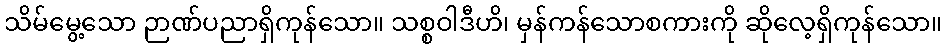
သိမ်မွေ့သော ဉာဏ်ပညာရှိကုန်သော။ သစ္စဝါဒီဟိ၊ မှန်ကန်သောစကားကို ဆိုလေ့ရှိကုန်သော။